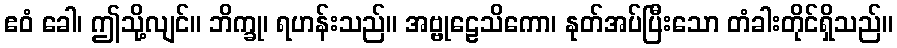
ဧဝံ ခေါ၊ ဤသို့လျင်။ ဘိက္ခု၊ ရဟန်းသည်။ အဗ္ဗုဠေသိကော၊ နုတ်အပ်ပြီးသော တံခါးတိုင်ရှိသည်။